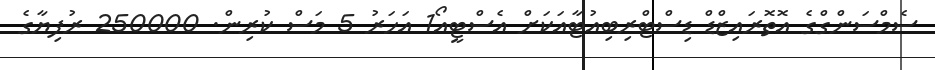
ސެމްސަންގްގެ އޮތޮރައިޒްޑް ޑިސްޓްރިބިއުޓާއަކަށް އެސްޓީއޯ1 އަހަރު 5 މަސް ކުރިން. 250000 ރުފިޔާގެ